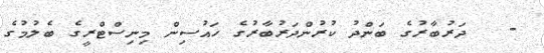
-   ދަރުބާރުގެ ބަންދު ކުރުންދަރުބާރުގެ ހައުސިން މިނިސްޓްރީގެ ބެލުމުގެ